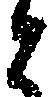
と